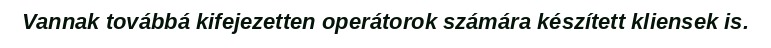
Vannak továbbá kifejezetten operátorok számára készített kliensek is.